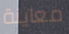
معاينة